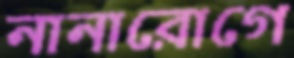
নানারোগে